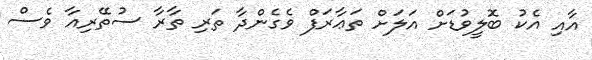
އާއި އެކު ބޮލީވުޑަށް އަލަށް ތަޢާރަފް ވެގެންދާ ތަރި ތާރާ ސުތޭރިއާ ވެސް